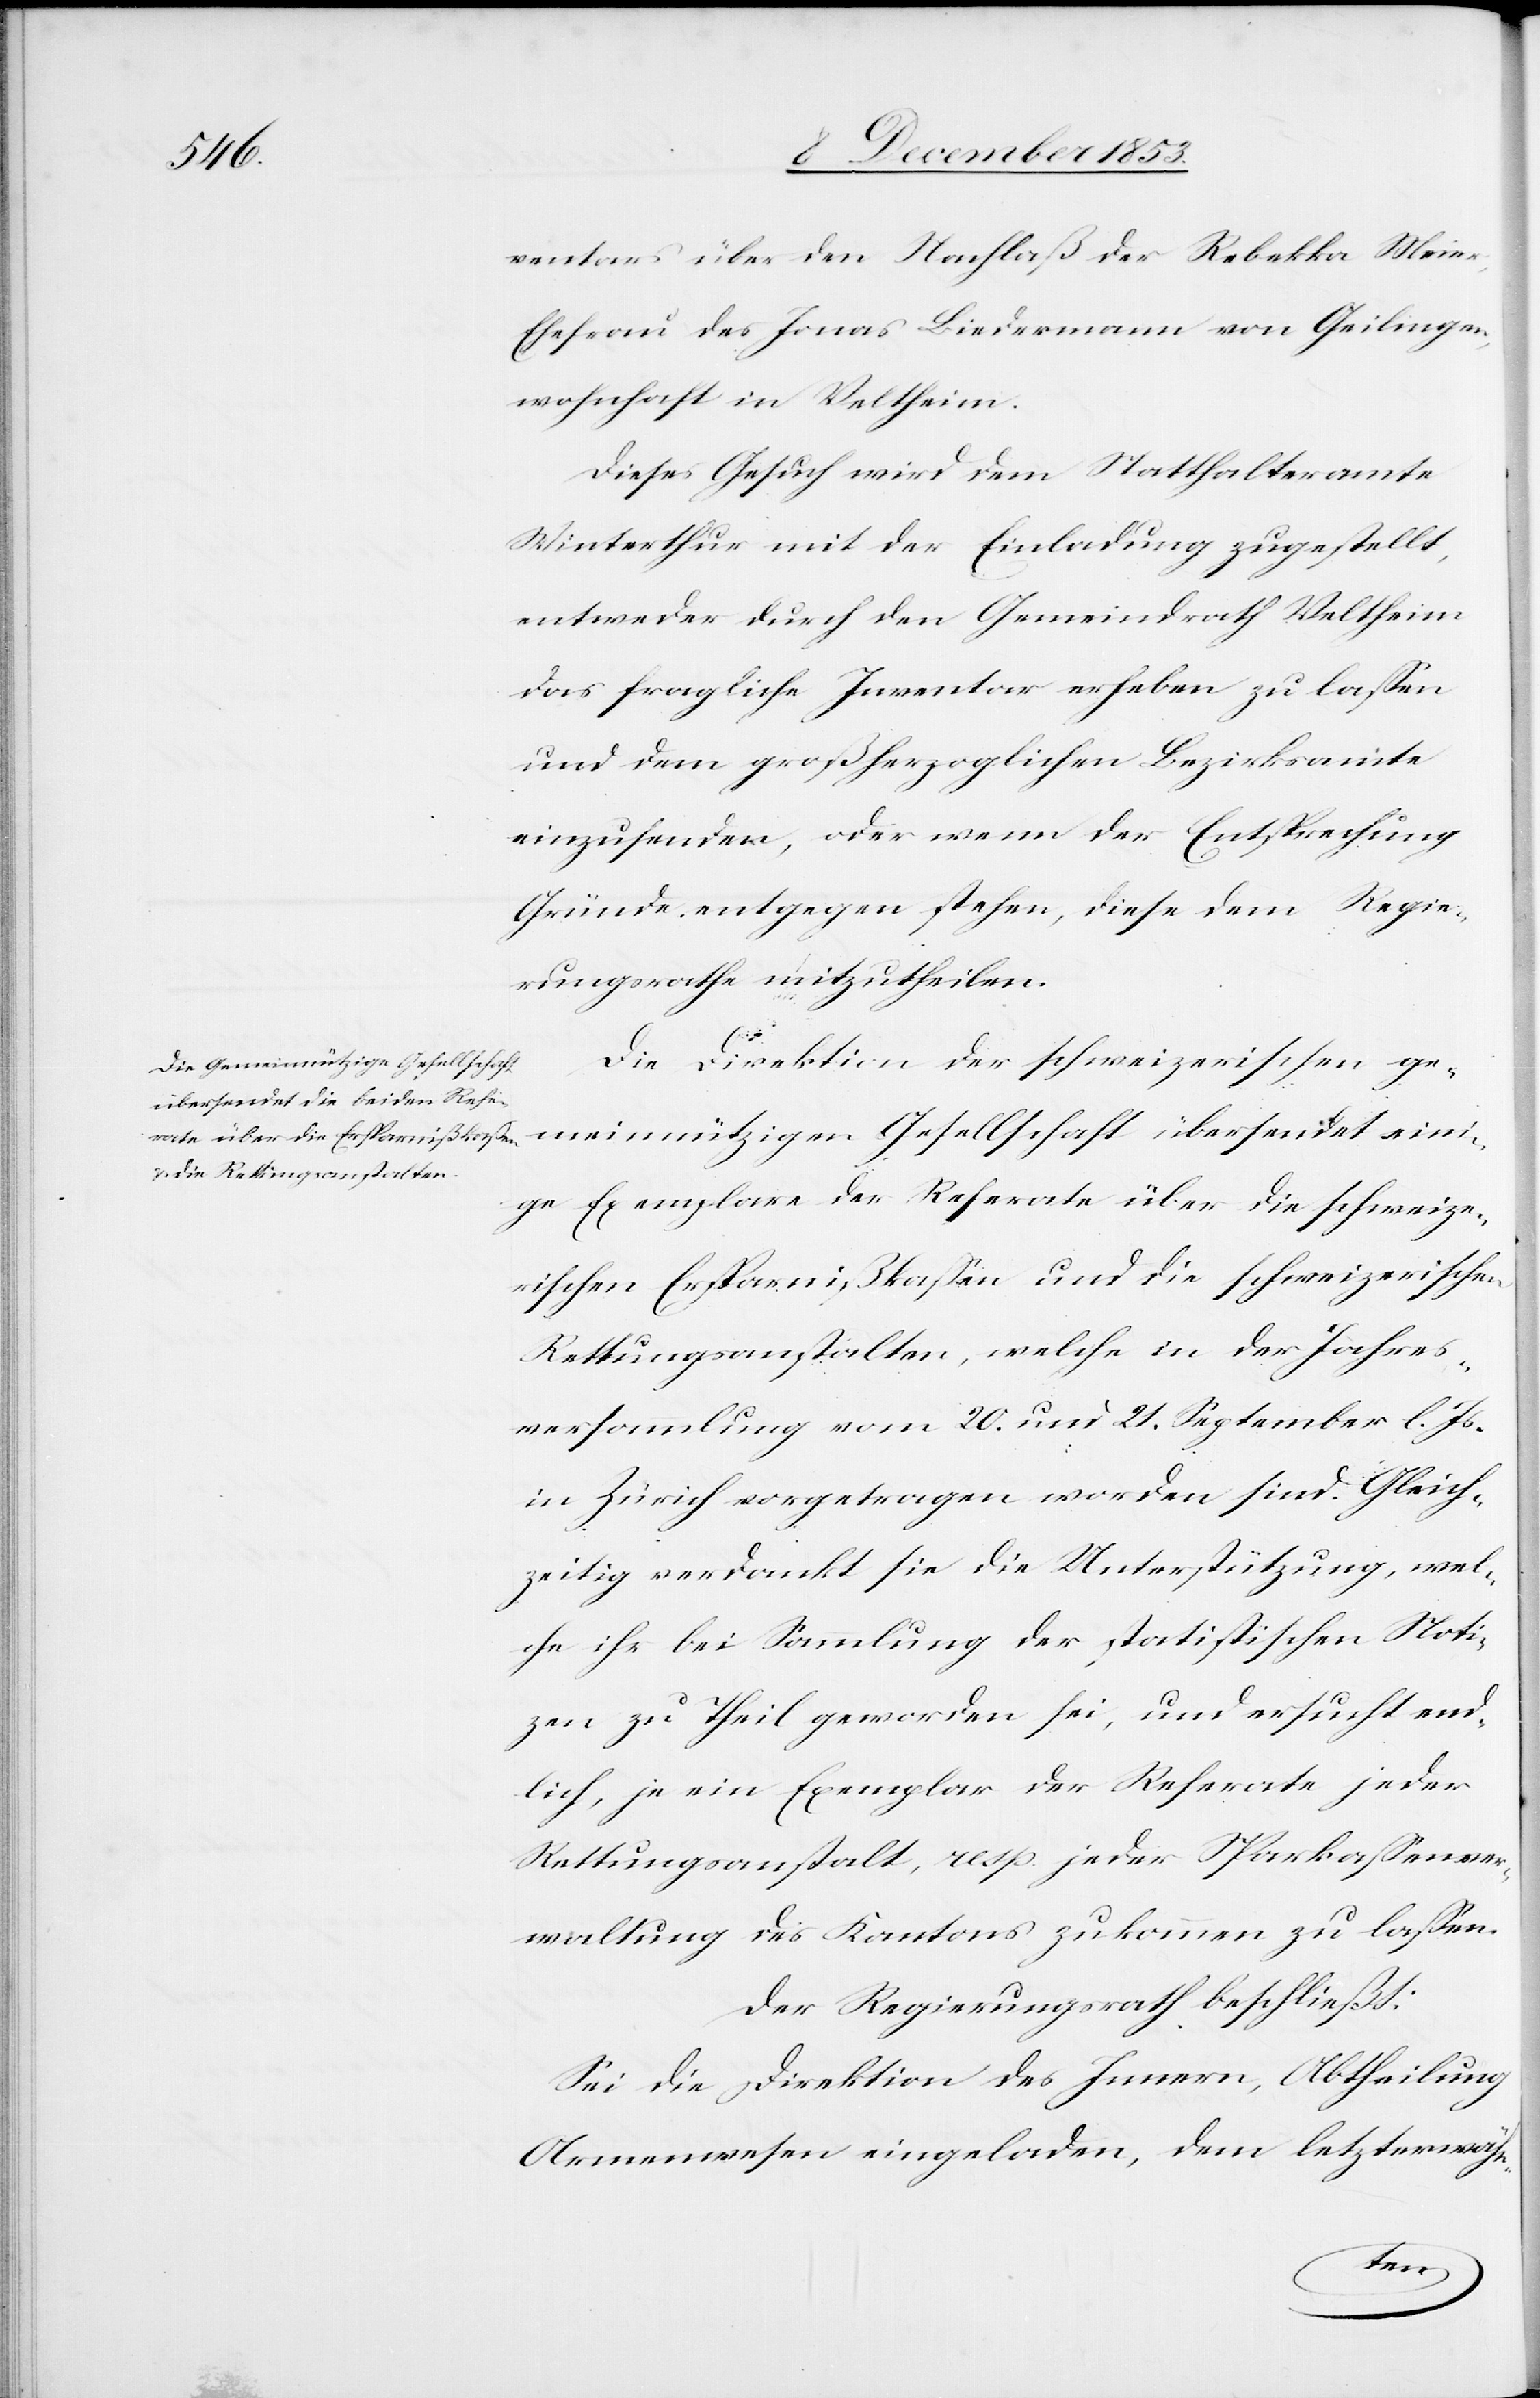
ventars über den Nachlaß der Rebekka Meier,
Ehefrau des Jonas Biedermann von Geilingen,
wohnhaft in Veltheim.
Dieses Gesuch wird dem Statthalteramte
Winterthur mit der Einladung zugestellt,
entweder durch den Gemeindrath Veltheim
das fragliche Inventar erheben zu laßen
und dem großherzoglichen Bezirksamte
einzusenden, oder wenn der Entsprechung
Gründe entgegen stehen, diese dem Regie¬
rungsrathe mitzutheilen.
Die Direktion der schweizerischen ge¬
meinnützigen Gesellschaft übersendet eini¬
ge Exemplare der Referate über die schweize¬
rischen Ergebnißkosten und die schweizerischen
Rettungsanstalten, welche in der Jahres¬
versammlung von 20. und 21. September l. Js.
in Zürich vorgetragen worden sind. Gleich¬
zeitig verdankt sie die Unterstützung, wel¬
che ihr bei Sammlung der statistischen Noti¬
zen zu Theil geworden sei, und ersucht end¬
lich, je ein Exemplar der Referate jeder
Rettungsanstalt, resp. jeder Sparkaßenver¬
waltung des Kantons zukommen zu laßen.
Der Regierungsrath beschließt:
Sei die Direktion des Innern, Abtheilung
Armenwesen eingeladen, dem letzterwäh¬
n-